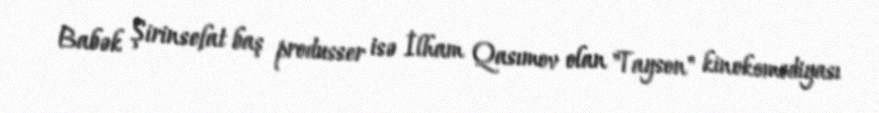
Babək Şirinsefat baş produsser isə İlham Qasımov olan "Tayson" kinokomediyası